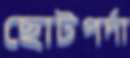
ছোটপর্দা